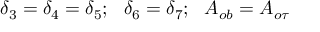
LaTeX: \delta _ { 3 } = \delta _ { 4 } = \delta _ { 5 } ; ~ ~ \delta _ { 6 } = \delta _ { 7 } ; ~ ~ A _ { o b } = A _ { o \tau }